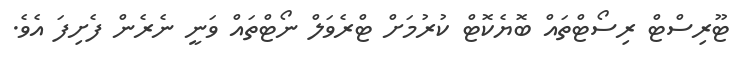
ޓޫރިސްޓް ރިސޯޓްތައް ބޮޔެކޮޓް ކުރުމަށް ޓްރެވަލް ނޯޓްތައް ވަނީ ނެރެން ފެށިފަ އެވެ.